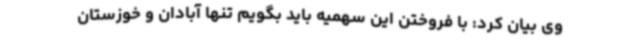
وی بیان کرد: با فروختن این سهمیه باید بگویم تنها آبادان و خوزستان